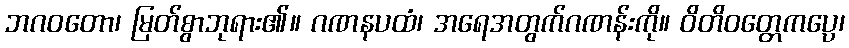
ဘဂဝတော၊ မြတ်စွာဘုရား၏။ ဂဏနပထံ၊ အရေအတွက်ဂဏန်းကို။ ဝိတိဝတ္တေကပ္ပေ၊